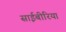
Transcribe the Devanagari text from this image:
साईबीरिया